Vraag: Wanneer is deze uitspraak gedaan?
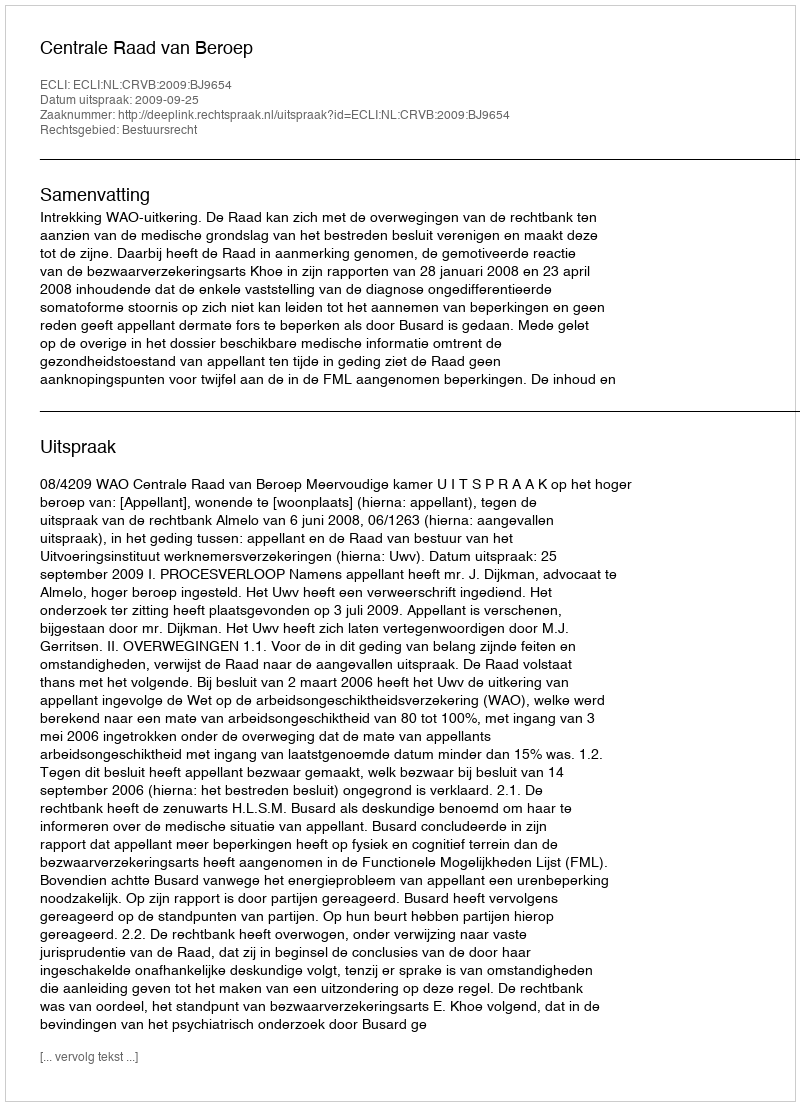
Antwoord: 2009-09-25